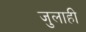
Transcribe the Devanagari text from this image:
जुलाही